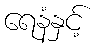
ရေနံနှင့်